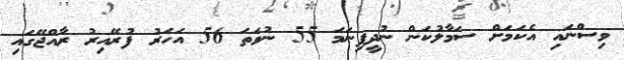
ވިސްނައި އެކަމަށް ސަމާލުކަން ނުދީފިނަމަ 55 ނުވަތަ 56 އަހަރު ފުރޭއިރު ރާއްޖޭގައި